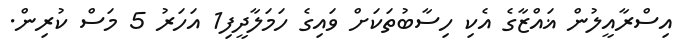
އިސްރާއީލުން ޣައްޒާގެ އެކި ހިސާބުތަކަށް ވައިގެ ހަމަލާދީފި1 އަހަރު 5 މަސް ކުރިން.